Bombay plague: being a history of the progress of plague in the Bombay presidency from September 1896 to June 1899
Year: 1896
Disease focus: Plague
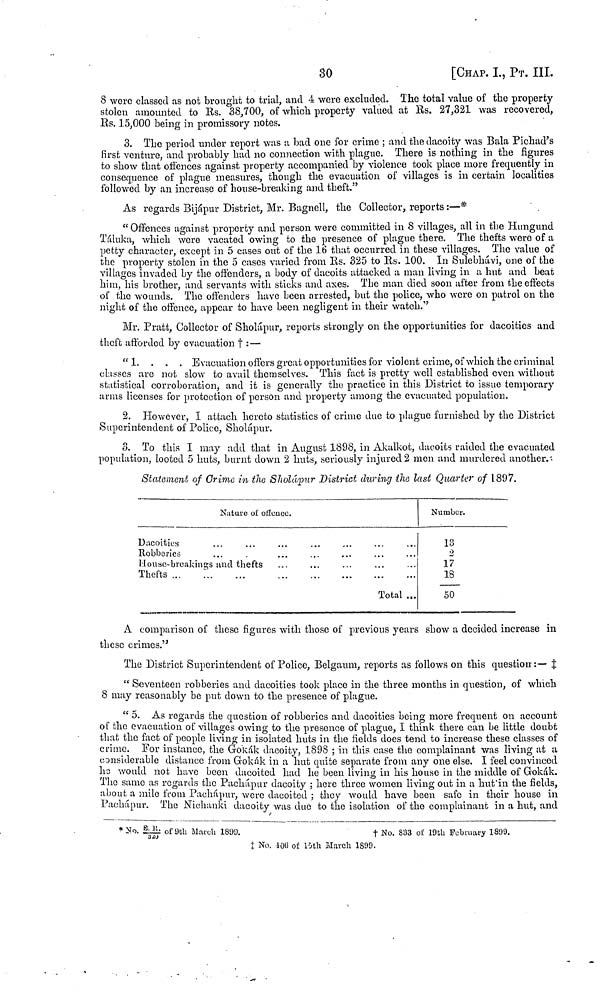
30
[CHAP. I, ΡT. III.
8 were classed as not brought to trial, and 4 were excluded. The total value of the property
stolen amounted to Es. 38,700, of which property valued at Es. 27,321 was recovered,
Es. 15,000 being in promissory notes.
3. The period under report was a bad one for crime ; and the dacoity was Bala Pichad's
first venture, and probably had no connection with plague. There is nothing in the figures
to show that offences against property accompanied by violence took place more frequently in
consequence of plague measures, though the evacuation of villages is in certain localities
followed by an increase of house-breaking and theft."
As regards Bijápur District, Mr. Bagnell, the Collector, reports :—*
"Offences against property and person were committed in 8 villages, all in the Hungund
Táluka, which were vacated owing to the presence of plague there. The thefts were of a
petty character, except in 5 cases out of the 1(5 that occurred in these villages. The value of
the property stolen in the 5 cases varied from Es. 325 to Es. 100. In Sulebhávi, one of the
villages invaded by the offenders, a body of dacoits attacked a man living in a hut and beat
him, his brother, and servants with sticks and axes. The man died soon after from the effects
of the wounds. The offenders have been arrested, but the police, who were on patrol on the
night of the offence, appear to have been negligent in their watch."
Mr. Pratt, Collector of Sholápur, reports strongly on the opportunities for dacoities and
theft afforded by evacuation † : —
"1. . . . Evacuation offers great opportunities for violent crime, of which the criminal
classes are not slow to avail themselves. This fact is pretty well established even without
statistical corroboration, and it is generally the practice in this District to issue temporary
arms licenses for protection of person and property among the evacuated population.
2. However, I attach hereto statistics of crime due to plague furnished by the District
Superintendent of Police, Sholápur.
3. To this I may add that in August 1898, in Akalkot, dacoits raided the evacuated
population, looted 5 huts, burnt down 2 huts, seriously injured 2 men and murdered another.
Statement of Crime in the Sholápur District chiring the last Quarter of 1897.
Nature of offence.
Dacoities
Robberies
House-breakings and thefts
Thefts
Total ...
Number.
13
o
17
18
50
A comparison of these figures with those of previous years show a decided increase in
these crimes."
The District Superintendent of Police, Belgaum, reports as follows on this question·:— ‡
" Seventeen robberies and dacoities took place in the three months in question, of which
8 may reasonably be put down to the presence of plague.
" 5. As regards the question of robberies and dacoities being more frequent on account
of the evacuation of villages owing to the presence of plague, I think there can be little doubt
that the fact of people living in isolated huts in the fields does tend to increase these classes of
crime. For instance, the Grokák dacoity, 1898 ; in this case the complainant was living at a
considerable distance from Gokák in a hut quite separate from any one else. I feel convinced
he would not have been dacoited had he been living in his house in the middle of Gokák.
The same as regards the Pachápur dacoity ; here three women living out in a hut'in the fields,
about a mile from Pachápur, were dacoited ; they would have been safe in their house in
Pachápur. The Nichanki dacoity was due to the isolation of the complainant in a hut, and
* No. E.R/320 of 9th Mach
1899.
†
No. 833 of 19th February 1899.
‡ No. 406 of 10th March 1899.